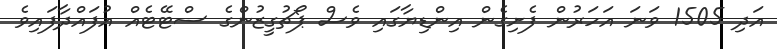
އަދި 1505 ވަނަ އަހަރުން ފެށިގެން އިންޑިޔާގައި ވެސް ޕޯޗުގީޒުންގެ ސްޓޭޓެއް އުފައްދާފައިވެ